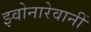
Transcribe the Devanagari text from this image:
झ्वोनारेवानीं